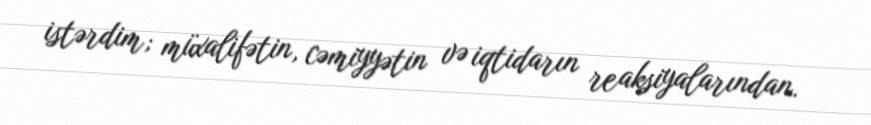
istərdim; müxalifətin, cəmiyyətin və iqtidarın reaksiyalarından.